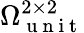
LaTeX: \Omega_{\mathrm{~u~n~i~t~}}^{2\times 2}